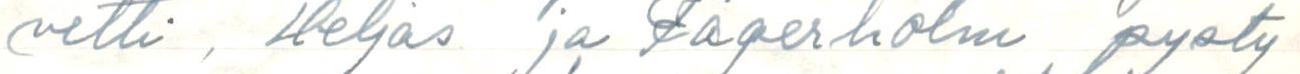
vetti, Heljas ja Fagerholm pysty